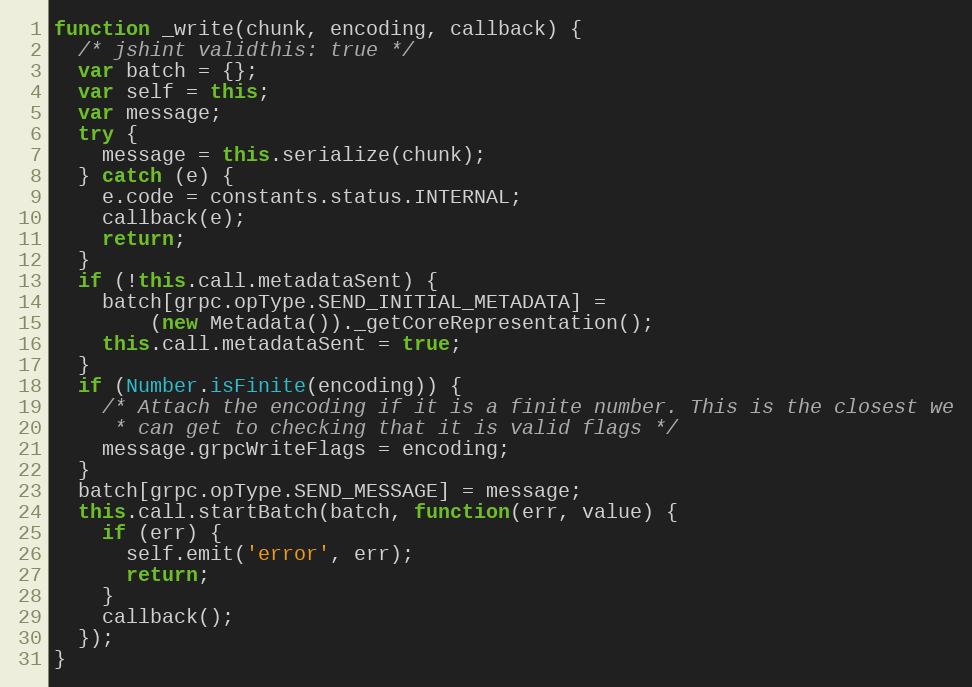
Language: JavaScript
function _write(chunk, encoding, callback) {
  /* jshint validthis: true */
  var batch = {};
  var self = this;
  var message;
  try {
    message = this.serialize(chunk);
  } catch (e) {
    e.code = constants.status.INTERNAL;
    callback(e);
    return;
  }
  if (!this.call.metadataSent) {
    batch[grpc.opType.SEND_INITIAL_METADATA] =
        (new Metadata())._getCoreRepresentation();
    this.call.metadataSent = true;
  }
  if (Number.isFinite(encoding)) {
    /* Attach the encoding if it is a finite number. This is the closest we
     * can get to checking that it is valid flags */
    message.grpcWriteFlags = encoding;
  }
  batch[grpc.opType.SEND_MESSAGE] = message;
  this.call.startBatch(batch, function(err, value) {
    if (err) {
      self.emit('error', err);
      return;
    }
    callback();
  });
}